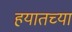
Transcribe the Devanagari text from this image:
हयातच्या